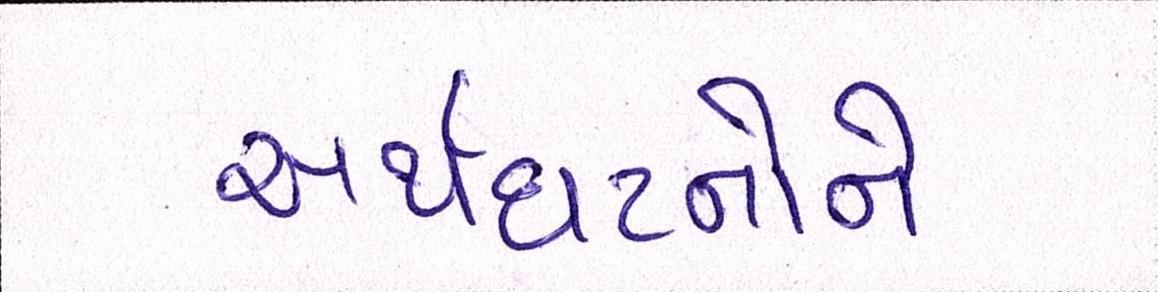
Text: અર્થઘટનોને